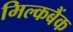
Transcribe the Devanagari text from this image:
मिल्कबैंक